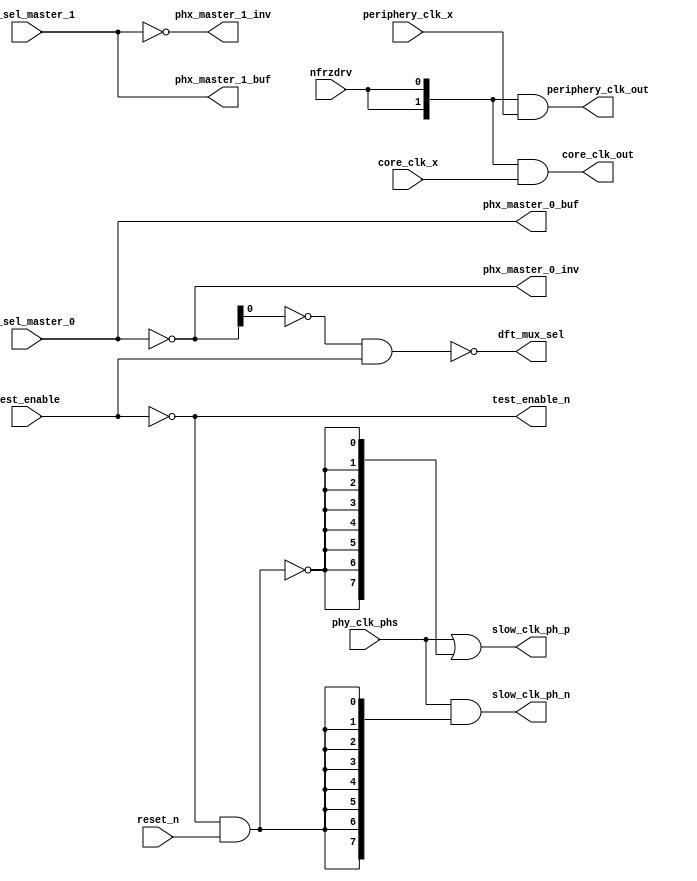
// SPDX-License-Identifier: Apache-2.0
// Copyright (C) 2019 Intel Corporation. 

//-------------------------------------------------------------------------------------------------------------------------------------------------------------------------
// io_pa_phs_buf :   buffer for phy_clk_phs
//-------------------------------------------------------------------------------------------------------------------------------------------------------------------------

module io_pa_phs_buf (
input          reset_n,          	// Active low reset
input          nfrzdrv,          	// Active low reset
input    [7:0] phy_clk_phs,      	// 8 phase 1.6GHz local clock
input          test_enable,      	// Active high test enable    1: avoid tristate on output of interp_mux during testing
input    [2:0] phx_sel_master_0,        // The gray code to control the first of the 8 to 1 phase multiplexer
input    [2:0] phx_sel_master_1,        // The gray code to control the first of the 8 to 1 phase multiplexer
input    [1:0] periphery_clk_x,         // periphery_clk from io_interpolator
input    [1:0] core_clk_x,              // core_clk from io_interpolator
output   [1:0] periphery_clk_out,       // Clock feedback to the periphery
output   [1:0] core_clk_out,            // Clock feedback to the core
output   [2:0] phx_master_0_buf,        // buffered gray code for interp_mux
output   [2:0] phx_master_1_buf,        // buffered gray code for interp_mux
output   [2:0] phx_master_0_inv,        // Inverted gray code for interp_mux
output   [2:0] phx_master_1_inv,        // Inverted gray code for interp_mux
output   [7:0] slow_clk_ph_p,           // buffered 8 phase 1.6GHz local clock
output   [7:0] slow_clk_ph_n,           // buffered 8 phase 1.6GHz local clock
output         test_enable_n,           // active low test enable
output         dft_mux_sel              // mux control during test
);

`ifdef TIMESCALE_EN
                timeunit 1ps;
                timeprecision 1ps;
`endif

parameter  INV_DELAY      = 15;  // 15ps

wire           test_rst_p;              // reset control for io_interp_mux
wire           test_rst_n;              // reset control for io_interp_mux
wire           test_enable_buf;         // active high test enable

assign test_enable_n        	= ~test_enable;
assign test_enable_buf      	= ~test_enable_n;
assign dft_mux_sel          	= ~(~phx_master_0_inv[0] & test_enable_buf);
assign test_rst_n           	= test_enable_n & reset_n;
assign test_rst_p           	= ~test_rst_n;
assign #(3 * INV_DELAY) slow_clk_ph_p[7:0] = phy_clk_phs[7:0] | {8{test_rst_p}};
assign #(3 * INV_DELAY) slow_clk_ph_n[7:0] = phy_clk_phs[7:0] & {8{test_rst_n}};
assign phx_master_0_buf   	= phx_sel_master_0[2:0];
assign phx_master_1_buf   	= phx_sel_master_1[2:0];
assign phx_master_0_inv   	= ~phx_sel_master_0[2:0];
assign phx_master_1_inv   	= ~phx_sel_master_1[2:0];
assign core_clk_out[1:0]        = {2{nfrzdrv}} & core_clk_x[1:0];
assign periphery_clk_out[1:0]   = {2{nfrzdrv}} & periphery_clk_x[1:0];

endmodule